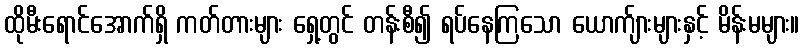
ထိုမီးရောင်အောက်ရှိ ကတ်တားများ ရှေ့တွင် တန်းစီ၍ ရပ်နေကြသော ယောက်ျားများနှင့် မိန်းမများ။